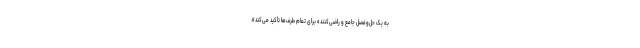
به یک حل‌و‌فصل جامع و راضی‌کننده برای تمام طرف‌‌ها تأکید می‌کند».